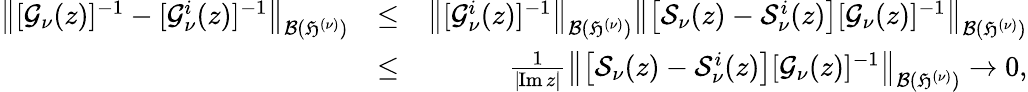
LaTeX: \begin{array}{rlr}{\left\| [\mathcal{G}_{\nu}(z)]^{-1}-[\mathcal{G}_{\nu}^{i}(z)]^{-1}\right\| _{\mathcal{B}(\mathfrak{H}^{(\nu)})}}&{\leq}&{\left\| [\mathcal{G}_{\nu}^{i}(z)]^{-1}\right\| _{\mathcal{B}(\mathfrak{H}^{(\nu)})}\left\| \left[\mathcal{S}_{\nu}(z)-\mathcal{S}_{\nu}^{i}(z)\right][\mathcal{G}_{\nu}(z)]^{-1}\right\| _{\mathcal{B}(\mathfrak{H}^{(\nu)})}}\\ &{\leq}&{\frac{1}{|\! \operatorname{Im}z|}\left\| \left[\mathcal{S}_{\nu}(z)-\mathcal{S}_{\nu}^{i}(z)\right][\mathcal{G}_{\nu}(z)]^{-1}\right\| _{\mathcal{B}(\mathfrak{H}^{(\nu)})}\to 0,}\end{array}